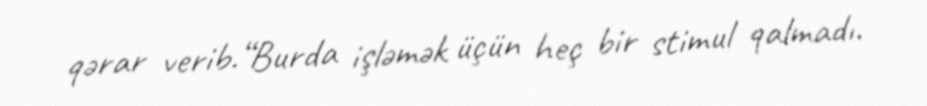
qərar verib.“Burda işləmək üçün heç bir stimul qalmadı.